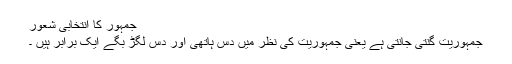
جمہور کا انتخابی شعور
جمہوریت گنتی جانتی ہے یعنی جمہوریت کی نظر میں دس ہاتھی اور دس لگڑ بگے ایک برابر ہیں ۔